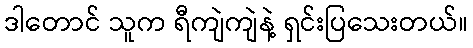
ဒါတောင် သူက ရီကျဲကျဲနဲ့ ရှင်းပြသေးတယ်။